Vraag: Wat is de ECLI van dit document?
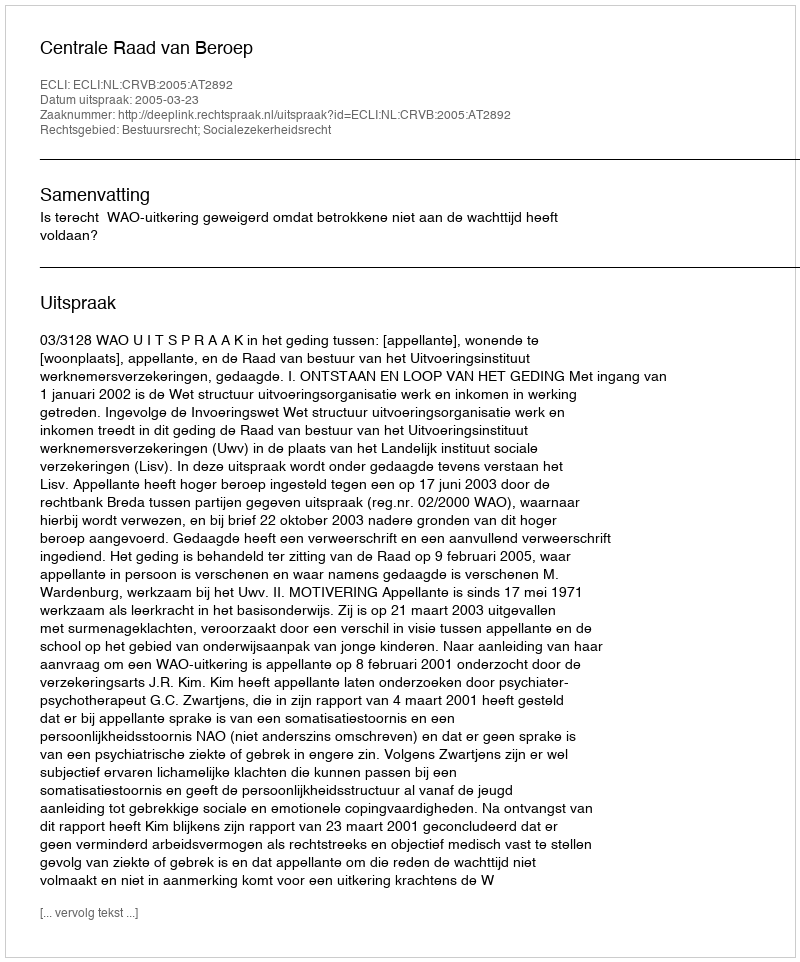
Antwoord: ECLI:NL:CRVB:2005:AT2892